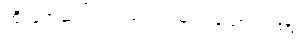
ထိုသူအဆင်း ကြည်လင်မြဲ ဟူသော ဂါထာ။